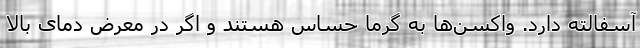
آسفالته دارد. واکسن‌ها به گرما حساس هستند و اگر در معرض دمای بالا